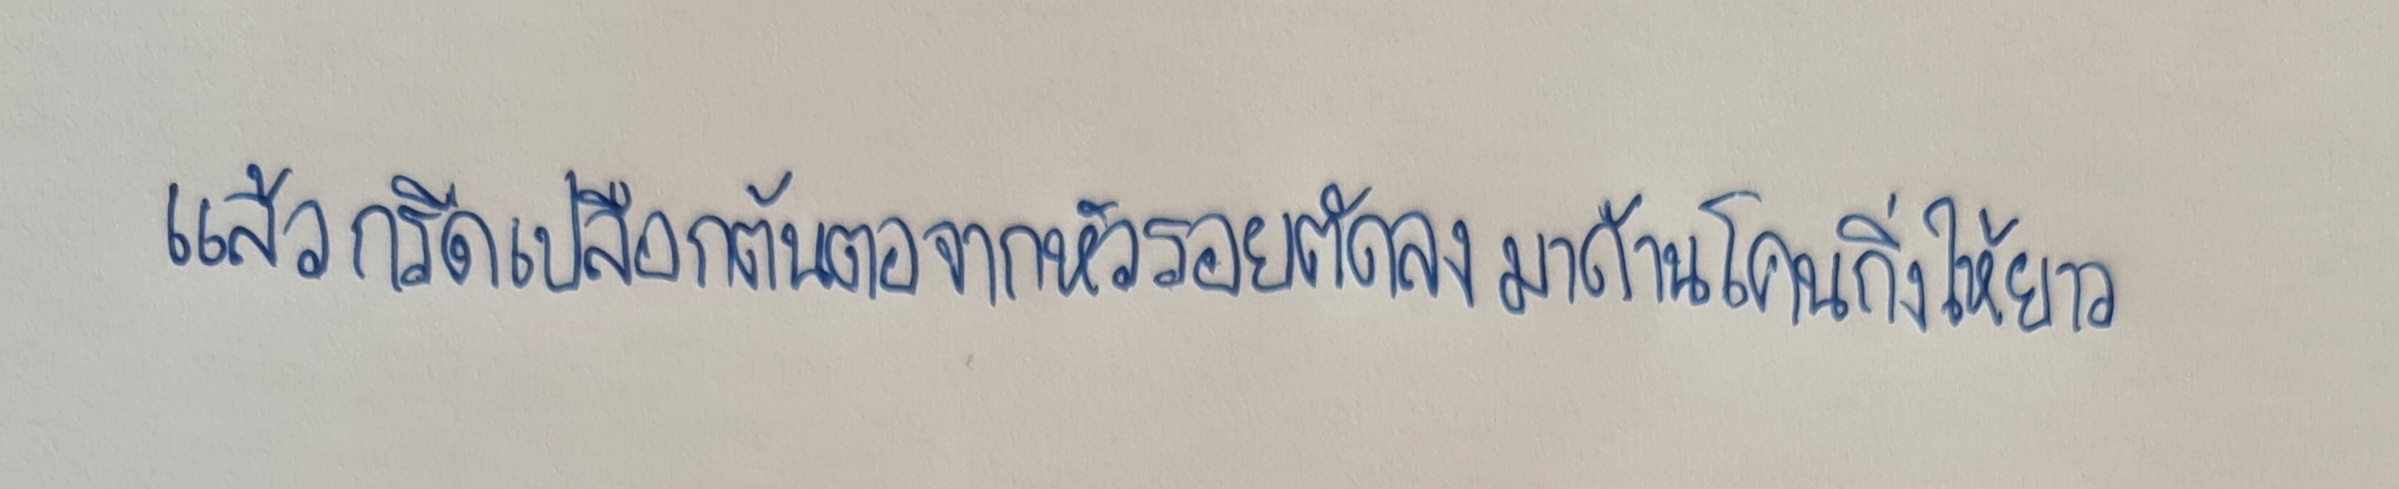
แล้วกรีดเปลือกต้นตอจากหัวรอยตัดลงมาด้านโคนกิ่งให้ยาว